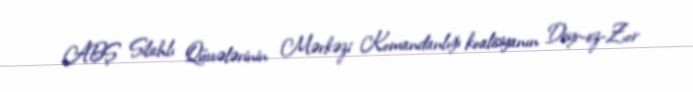
ABŞ Silahlı Qüvvələrinin Mərkəzi Komandanlığı koalisiyanın Deyr-ez-Zor